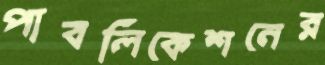
পাবলিকেশনের